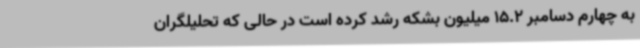
به چهارم دسامبر 15.2 میلیون بشکه رشد کرده است در حالی که تحلیلگران